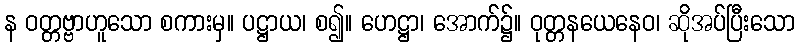
န ဝတ္တဗ္ဗာဟူသော စကားမှ။ ပဋ္ဌာယ၊ စ၍။ ဟေဋ္ဌာ၊ အောက်၌။ ဝုတ္တနယေနေဝ၊ ဆိုအပ်ပြီးသော